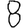
Digit: 8